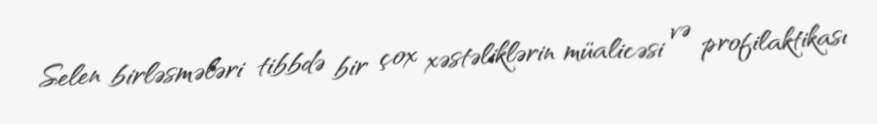
Selen birləsmələri tibbdə bir çox xəstəliklərin müalicəsi və profilaktikası